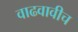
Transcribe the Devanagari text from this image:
वाढवावीच